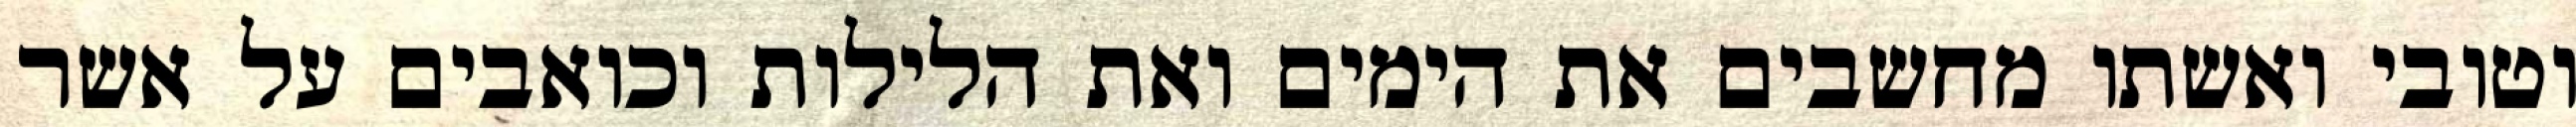
וטובי ואשתו מחשבים את הימים ואת הלילות וכואבים על אשר